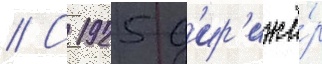
// С 1925 д'ир'ижё́р